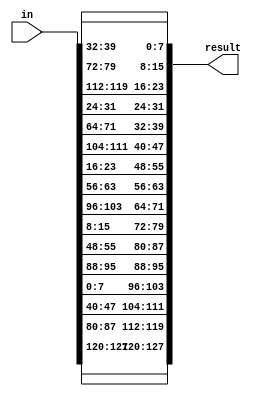
module ShiftRows (
    input [127:0] in,
    output [127:0] result
);

// row 0
assign result[7:0] = in[39:32];
assign result[39:32] = in[71:64];
assign result[71:64] = in[103:96];
assign result[103:96] = in[7:0];

// row 1
assign result[15:8] = in[79:72];
assign result[47:40] = in[111:104];
assign result[79:72] = in[15:8];
assign result[111:104] = in[47:40];

// row 2
assign result[23:16] = in[119:112];
assign result[55:48] = in[23:16];
assign result[87:80] = in[55:48];
assign result[119:112] = in[87:80];

// row 3
assign result[31:24] = in[31:24];
assign result[63:56] = in[63:56];
assign result[95:88] = in[95:88];
assign result[127:120] = in[127:120];

endmodule